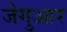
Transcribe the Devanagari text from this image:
जेगुआर